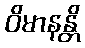
ဝိမာနန္တိ